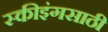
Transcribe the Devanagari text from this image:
स्कीइंगसाठी